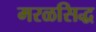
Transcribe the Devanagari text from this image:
मरळसिद्ध